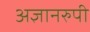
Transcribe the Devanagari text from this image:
अज्ञानरुपी